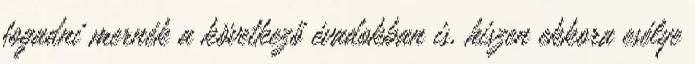
fogadni mernék a következő évadokban is, hiszen ekkora esélye